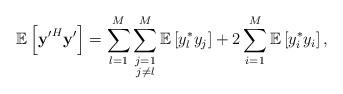
LaTeX: \begin{align*} \mathbb{E}\left[ \mathbf{y'}^H\mathbf{y}'\right]=\sum_{l=1}^M\sum\limits_{\substack{j=1\\j\neq l}}^M\mathbb{E}\left[y_l^* y_j\right]+2\sum_{i=1}^{M}\mathbb{E}\left[y_i^* y_i\right],\end{align*}